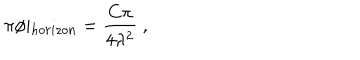
\pi \phi \vert _ { h o r i z o n } = \frac { C \pi } { 4 \lambda ^ { 2 } } \ ,